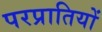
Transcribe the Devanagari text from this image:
परप्रातियों